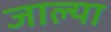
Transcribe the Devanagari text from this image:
जाल्या